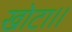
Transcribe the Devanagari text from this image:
खोटा।।